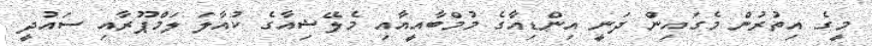
މީގެ އިތުރުން މެގައިން ދަނީ އިންޑިއާގެ މުމްބާއީއާއި މެލޭޝިއާގެ ކުއާލަ ލަމްޕޫރާއި ސައުދީ